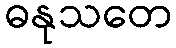
ဓနုသတေ